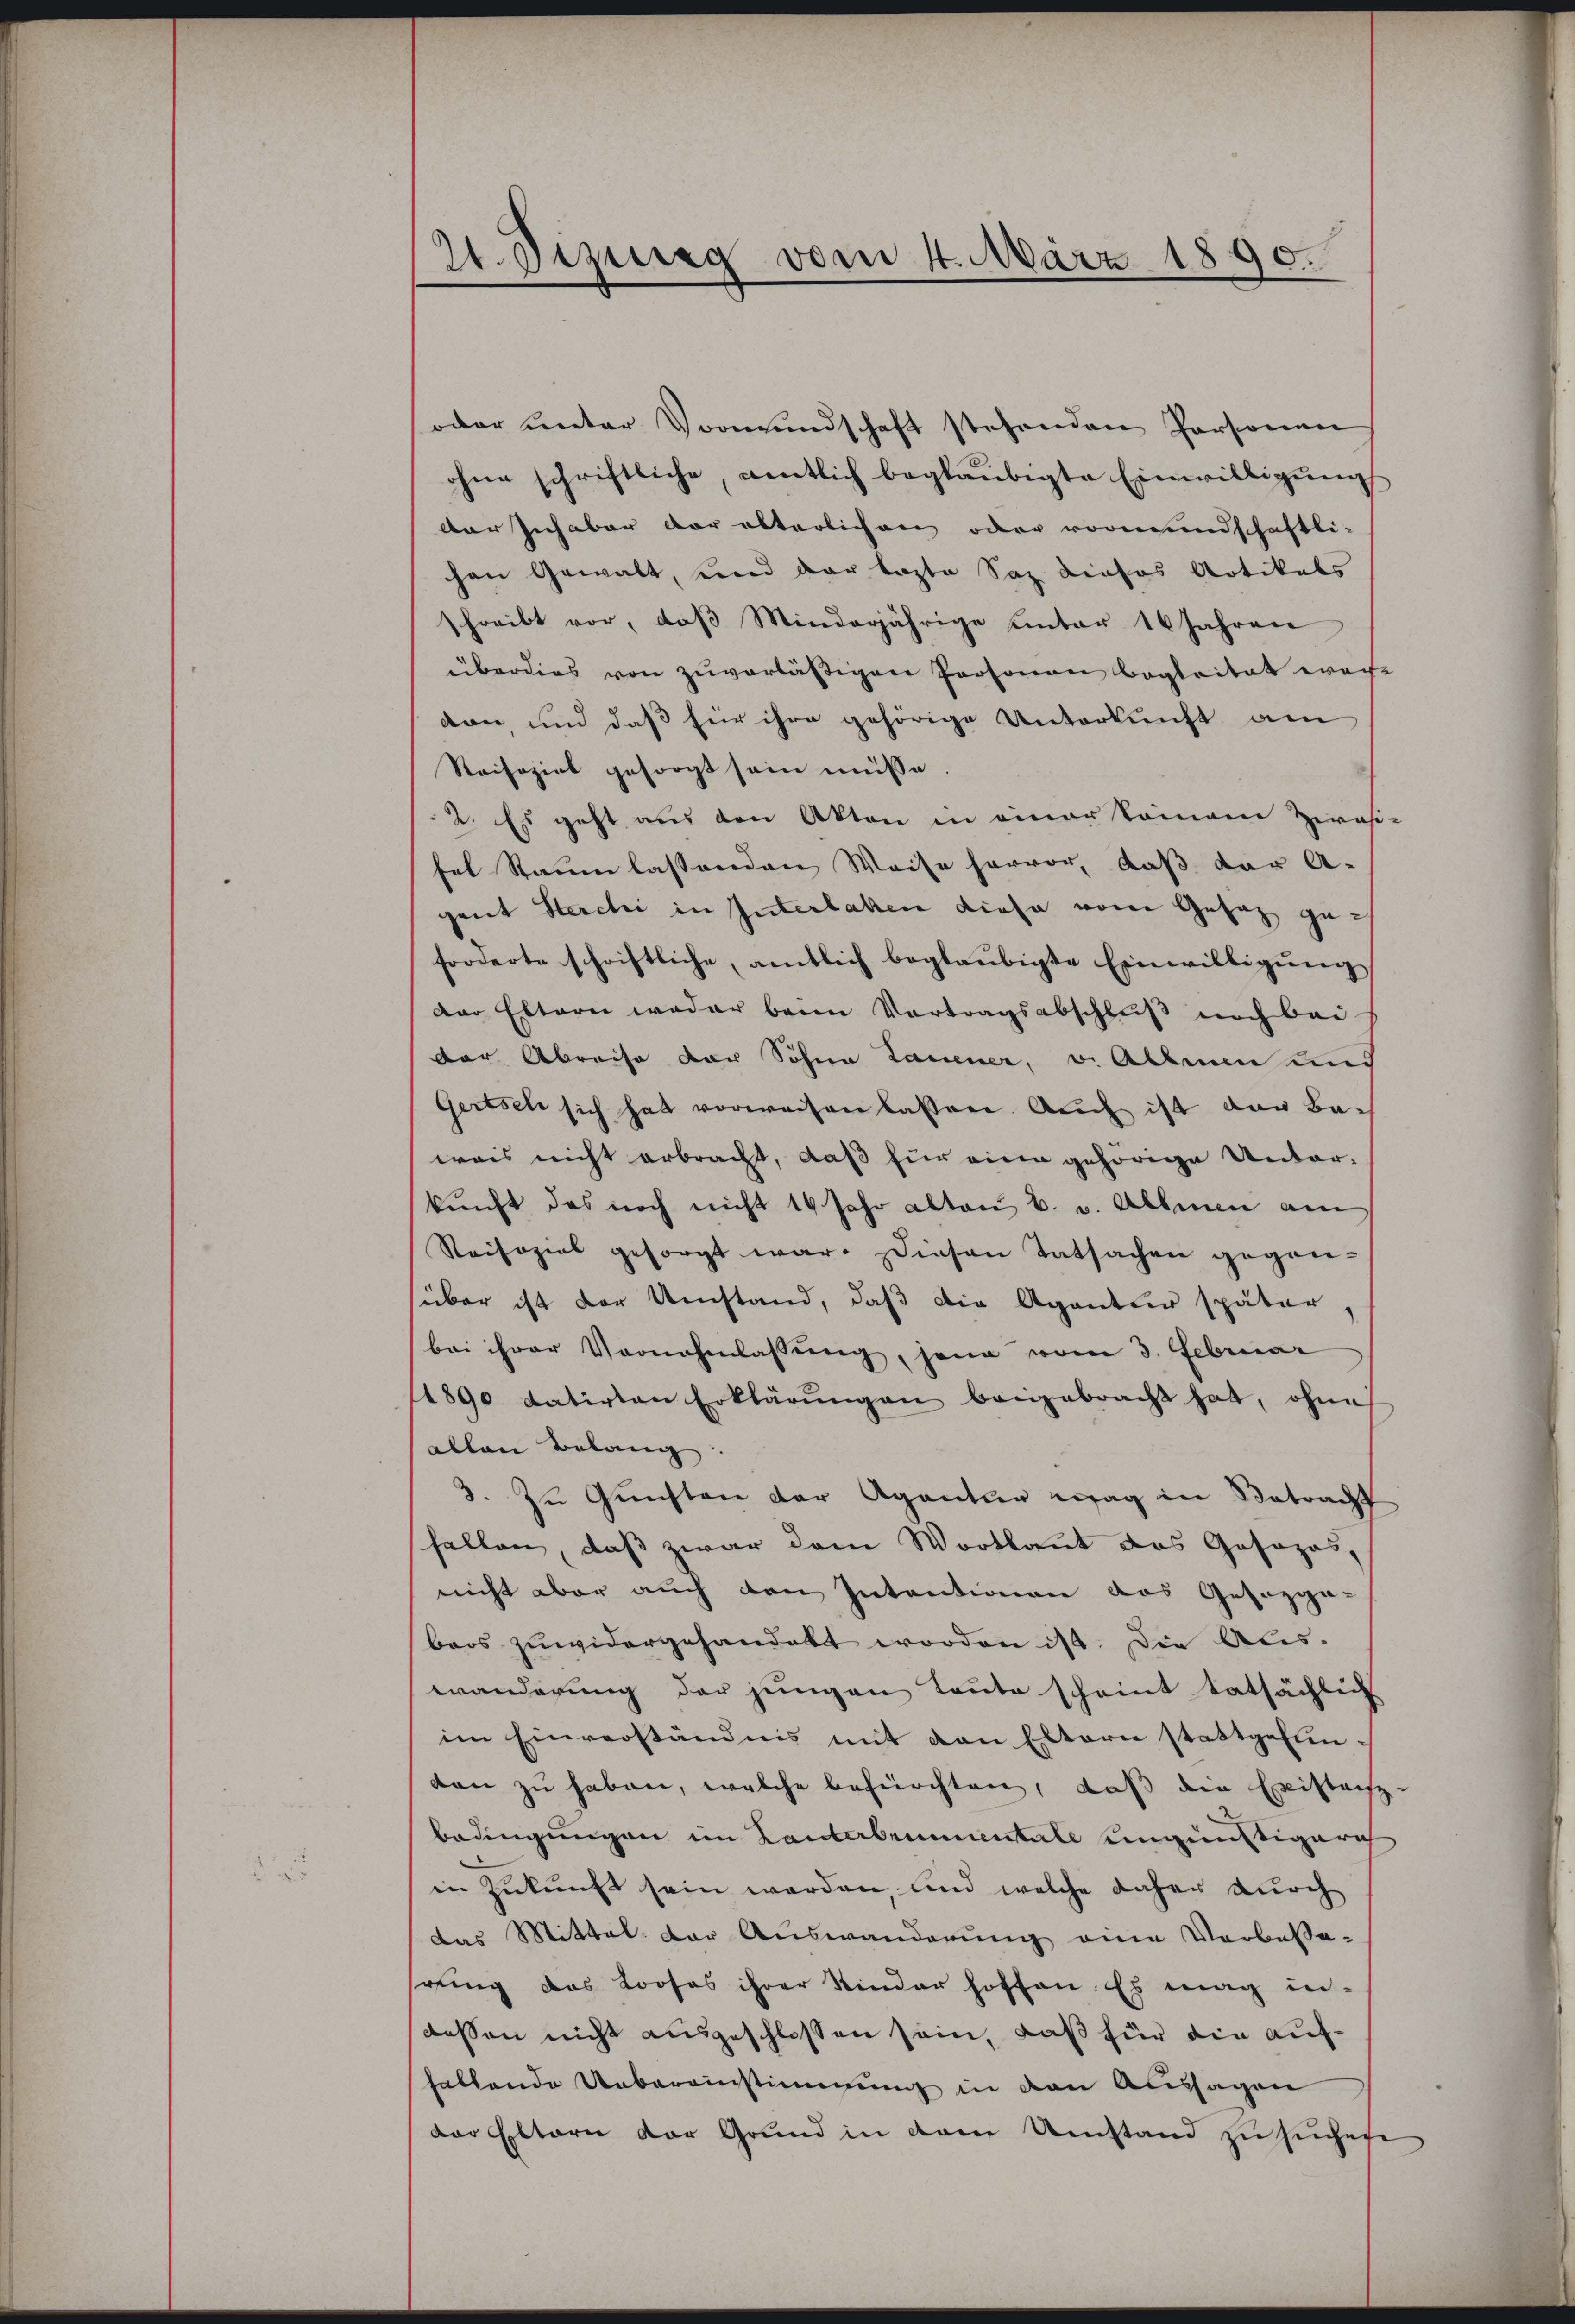
21. Dezung vom 4. März 1890.

oder ŭnter Vormundschaft stehenden Personen
ohne schriftliche, amtlich beglaubigte Einwilligung
der Inhaber der älterlichen oder vormundschaftli-
chen Gewalt, und der lezte Saz dieses Artikals
schreibt vor, daβ Minderjährige unter 16 Jahren
überdies von zuverläßigen Personen begleitet wache
don, und daß für ihre gehörige Unterkunft am
Reisozial gesorgt sein müsse.
2. Es geht aus den Akten in einer kommene Zwasi-
fel Staumlassenden Weise hervor, daß der A
gant Sterchi in Interlaken diese von Gesaz geforderte schriftliche, amtlich beglaubigte Einwilligung
Der Eltern weder beim Vortragsabschluß noch bei
der Abreise der Sohne Lauener, v. Allmen und
Gertsch sich hat vorweisen lassen. Auch ist der Bewais nicht erbracht, daß für eine gehörige Unterkunft das noch nicht 16 Jahr alten u. v. Allmen am
Saisozial gesorgt war. Diesen Tatsachen gegen-
über ist der Umstand, daß die Agentur später,
bei ihrer Vornahmlassung, jene vom 3. Februar
1890 datirten Erklärŭngen beigebracht hat, ohne
allen Belang
3. zŭ Gŭnsten der Agantur mag in Betracht
fallen, daß zwar dem Wortlaut das Gasozas,
nicht aber auch den Intentionen das Gesezgabeos zuwidergehandelt worden ist. Die Alis-
wänderung der jungen Leute scheint tatsächlich
im Einverständnis mit den Eltern stattgefunkan zu haben, welche befürchten, daß die Existanz
bedingungen im Lanterbrunnentale ungünstigerich
in Zukunft sein werden, und welche daher durch
das Mittel der Auswanderung eine Verbesse-
rling das Profes ihrer Kinder hoffen. Es mag in-
dessen nicht ausgeschlossen sein, daß für die auffallende Uebereinstimmung in den Aussagen
der Eltern der Grund in dem Umstand zu suchete